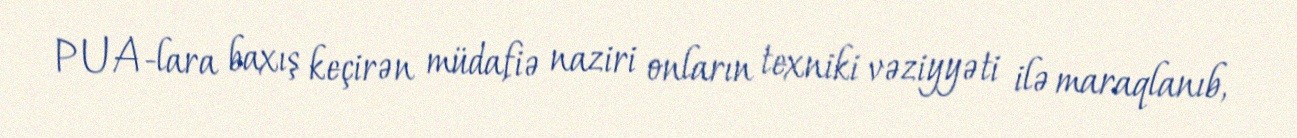
PUA-lara baxış keçirən müdafiə naziri onların texniki vəziyyəti ilə maraqlanıb,